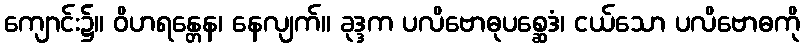
ကျောင်း၌။ ဝိဟရန္တေန၊ နေလျက်။ ခုဒ္ဒက ပလိဗောဓုပစ္ဆေဒံ၊ ငယ်သော ပလိဗောဓကို